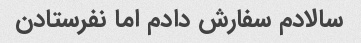
سالادم سفارش دادم اما نفرستادن